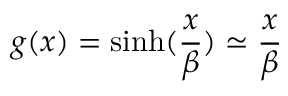
g ( x ) = \sinh ( \frac { x } { \beta } ) \simeq \frac { x } { \beta }